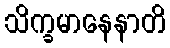
သိက္ခမာနေနာတိ